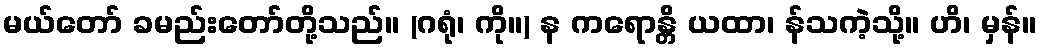
မယ်တော် ခမည်းတော်တို့သည်။ (ဂရုံ၊ ကို။) န ကရောန္တိ ယထာ၊ န်သကဲ့သို့။ ဟိ၊ မှန်။